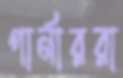
গার্নাররা